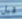
قبل